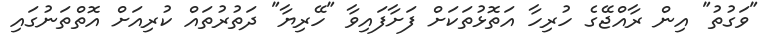
"ވަގުތު" އިން ރާއްޖޭގެ ހުރިހާ އަތޮޅުތަކަށް ފަށާފައިވާ "ހޭރިޔާ" ދަތުރުތައް ކުރިއަށް އޮތްތަނުގައި